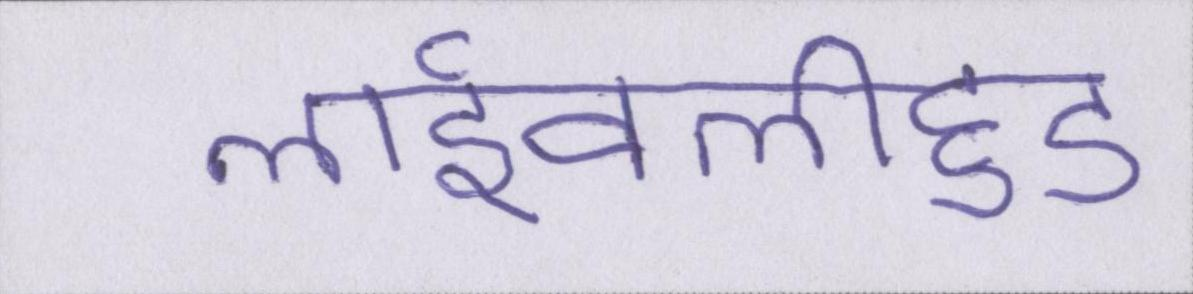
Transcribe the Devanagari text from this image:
लाईवलीहुड